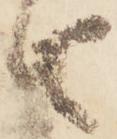
由